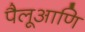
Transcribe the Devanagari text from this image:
पैलूआणि